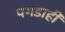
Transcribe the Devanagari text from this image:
पगडाही